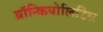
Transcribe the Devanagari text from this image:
ब्रॉन्कियोलिटिस